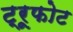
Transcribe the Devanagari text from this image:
ट्रूफोट